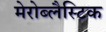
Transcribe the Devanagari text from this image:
मेरोब्लैस्टिक